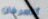
أتعرفان